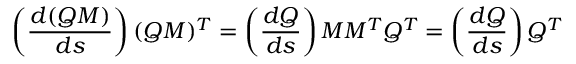
\left( { \frac { d ( Q M ) } { d s } } \right) ( Q M ) ^ { T } = \left( { \frac { d Q } { d s } } \right) M M ^ { T } Q ^ { T } = \left( { \frac { d Q } { d s } } \right) Q ^ { T }